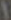
1